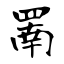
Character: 罱